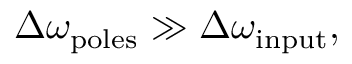
\Delta \omega _ { \mathrm { p o l e s } } \gg \Delta \omega _ { \mathrm { i n p u t } } ,